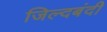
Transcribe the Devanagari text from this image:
जिल्दबंदी